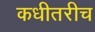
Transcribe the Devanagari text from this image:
कधीतरीच